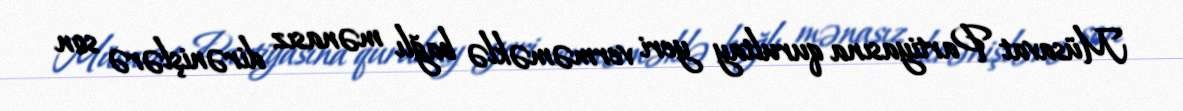
Müsavat Partiyasına qurultay yeri verməməklə bağlı mənasız dirənişlərə son